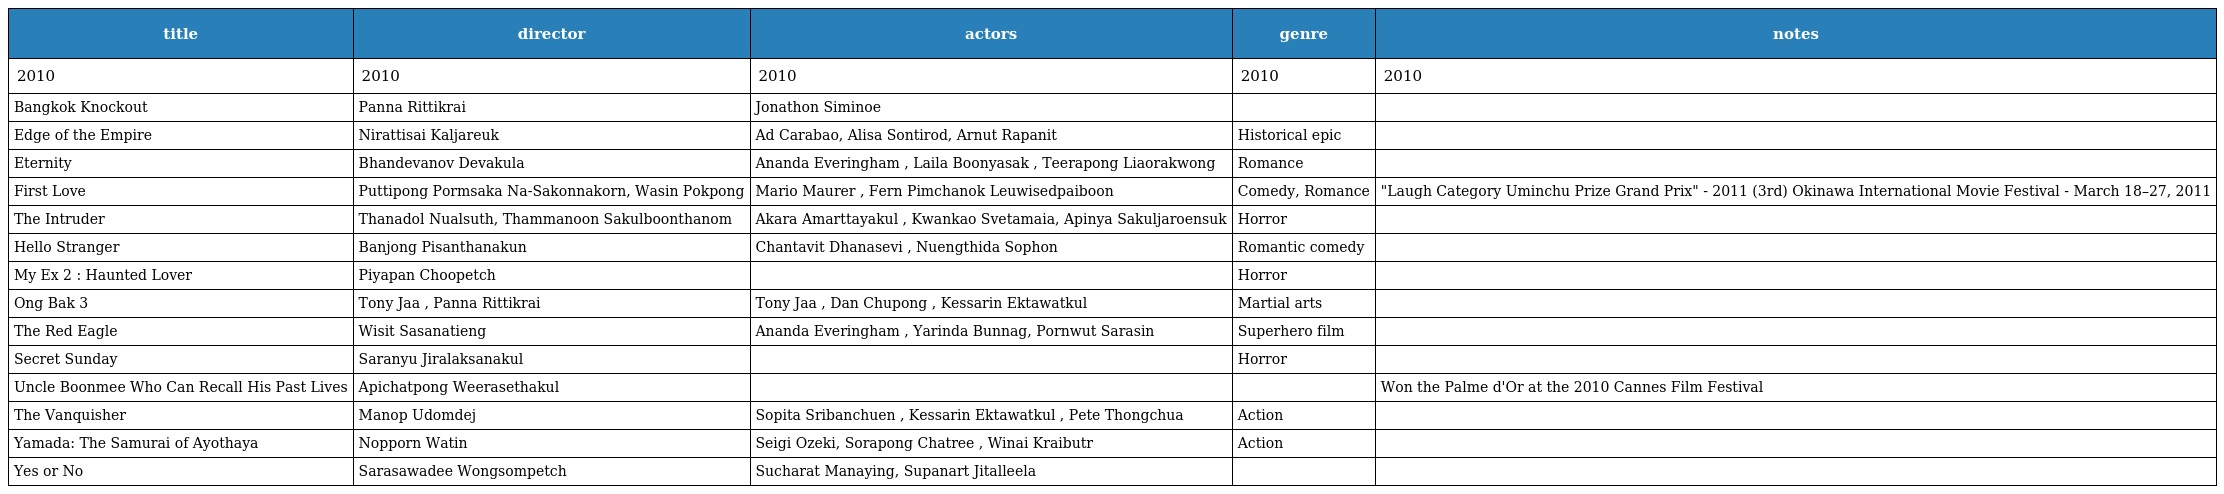
| title | director | actors | genre | notes |
 | --- | --- | --- | --- | --- |
 | 2010 | 2010 | 2010 | 2010 | 2010 |
 | Bangkok Knockout | Panna Rittikrai | Jonathon Siminoe |  |  |
 | Edge of the Empire | Nirattisai Kaljareuk | Ad Carabao, Alisa Sontirod, Arnut Rapanit | Historical epic |  |
 | Eternity | Bhandevanov Devakula | Ananda Everingham , Laila Boonyasak , Teerapong Liaorakwong | Romance |  |
 | First Love | Puttipong Pormsaka Na-Sakonnakorn, Wasin Pokpong | Mario Maurer , Fern Pimchanok Leuwisedpaiboon | Comedy, Romance | "Laugh Category Uminchu Prize Grand Prix" - 2011 (3rd) Okinawa International Movie Festival - March 18–27, 2011 |
 | The Intruder | Thanadol Nualsuth, Thammanoon Sakulboonthanom | Akara Amarttayakul , Kwankao Svetamaia, Apinya Sakuljaroensuk | Horror |  |
 | Hello Stranger | Banjong Pisanthanakun | Chantavit Dhanasevi , Nuengthida Sophon | Romantic comedy |  |
 | My Ex 2 : Haunted Lover | Piyapan Choopetch |  | Horror |  |
 | Ong Bak 3 | Tony Jaa , Panna Rittikrai | Tony Jaa , Dan Chupong , Kessarin Ektawatkul | Martial arts |  |
 | The Red Eagle | Wisit Sasanatieng | Ananda Everingham , Yarinda Bunnag, Pornwut Sarasin | Superhero film |  |
 | Secret Sunday | Saranyu Jiralaksanakul |  | Horror |  |
 | Uncle Boonmee Who Can Recall His Past Lives | Apichatpong Weerasethakul |  |  | Won the Palme d'Or at the 2010 Cannes Film Festival |
 | The Vanquisher | Manop Udomdej | Sopita Sribanchuen , Kessarin Ektawatkul , Pete Thongchua | Action |  |
 | Yamada: The Samurai of Ayothaya | Nopporn Watin | Seigi Ozeki, Sorapong Chatree , Winai Kraibutr | Action |  |
 | Yes or No | Sarasawadee Wongsompetch | Sucharat Manaying, Supanart Jitalleela |  |  |